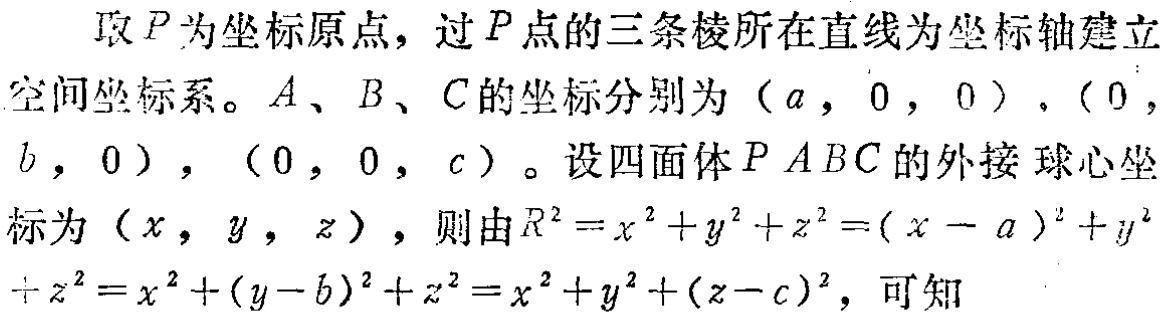
取\(P\)为坐标原点，过\(P\)点的三条棱所在直线为坐标轴建立空间坐标系。\(A\)、\(B\)、\(C\)的坐标分别为\((a,0,0)\)，\((0,b,0)\)，\((0,0,c)\)。设四面体\(PABC\)的外接球心坐标为\((x,y,z)\)，则由\(R^{2}=x^{2}+y^{2}+z^{2}=(x - a)^{2}+y^{2}+z^{2}=x^{2}+(y - b)^{2}+z^{2}=x^{2}+y^{2}+(z - c)^{2}\)，可知